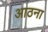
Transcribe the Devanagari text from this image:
आठना